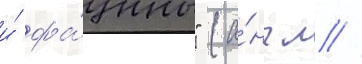
и́ фа́уны" (а́нгл //